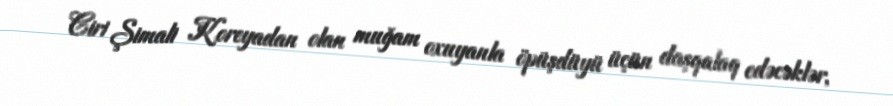
Ciri Şimali Koreyadan olan muğam oxuyanla öpüşdüyü üçün daşqalaq edəcəklər,